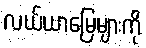
လယ်ယာမြေများကို